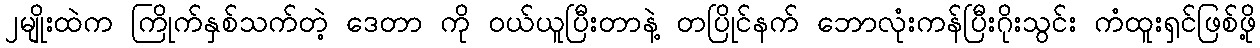
၂မျိုးထဲက ကြိုက်နှစ်သက်တဲ့ ဒေတာ ကို ဝယ်ယူပြီးတာနဲ့ တပြိုင်နက် ဘောလုံးကန်ပြီးဂိုးသွင်း ကံထူးရှင်ဖြစ်ဖို့